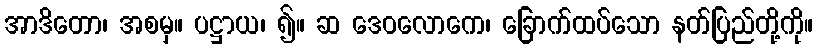
အာဒိတော၊ အစမှ။ ပဋ္ဌာယ၊ ၍။ ဆ ဒေဝလောကေ၊ ခြောက်ထပ်သော နတ်ပြည်တို့ကို။